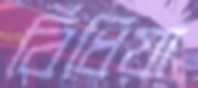
বিঁধিয়া